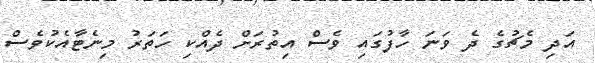
އަދި މެޗުގެ ދެ ވަނަ ހާފުގައި ވެސް އިތުރަށް ދެއްކި ހަތަރު މިނެޓާއެކުވެސް